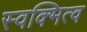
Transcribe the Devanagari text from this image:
स्वक्मित्व